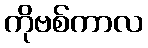
ကိုဗစ်ကာလ